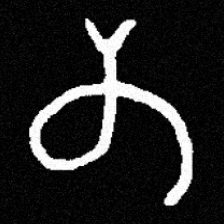
Pyu character \u2014 Myanmar letter: တ (romanized: ta)